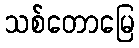
သစ်တောမြေ